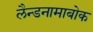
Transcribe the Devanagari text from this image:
लैन्डनामाबोक